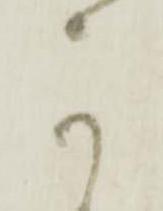
可